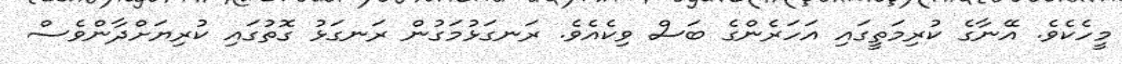
މީހެކެވެ. އޭނާގެ ކުރިމަތީގައި އަހަރެންގެ ބަސް ވިކެއެވެ. ރަނގަޅުމަގުން ރަނގަޅު ގޮތުގައި ކުރިޔަށްދާންވެސް